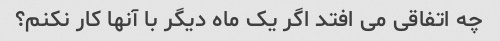
چه اتفاقی می افتد اگر یک ماه دیگر با آنها کار نکنم؟